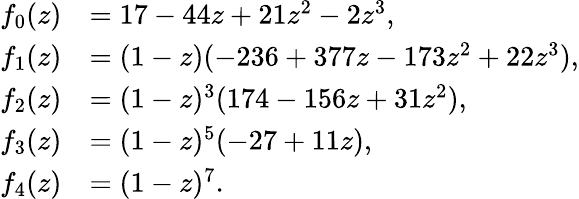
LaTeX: \begin{array}{rl}{f_{0}(z)}&{=17-44z+21z^{2}-2z^{3},}\\ {f_{1}(z)}&{=(1-z)(-236+377z-173z^{2}+22z^{3}),}\\ {f_{2}(z)}&{=(1-z)^{3}(174-156z+31z^{2}),}\\ {f_{3}(z)}&{=(1-z)^{5}(-27+11z),}\\ {f_{4}(z)}&{=(1-z)^{7}.}\end{array}